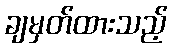
ချမှတ်ထားသည့်